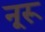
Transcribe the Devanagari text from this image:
नूरू